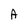
Character: A